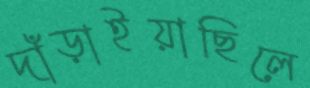
দাঁড়াইয়াছিলে